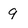
Character: 9